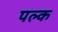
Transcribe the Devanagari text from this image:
पल्क